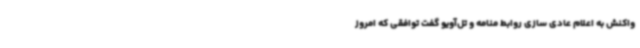
واکنش به اعلام عادی سازی روابط منامه و تل‌آویو گفت توافقی که امروز